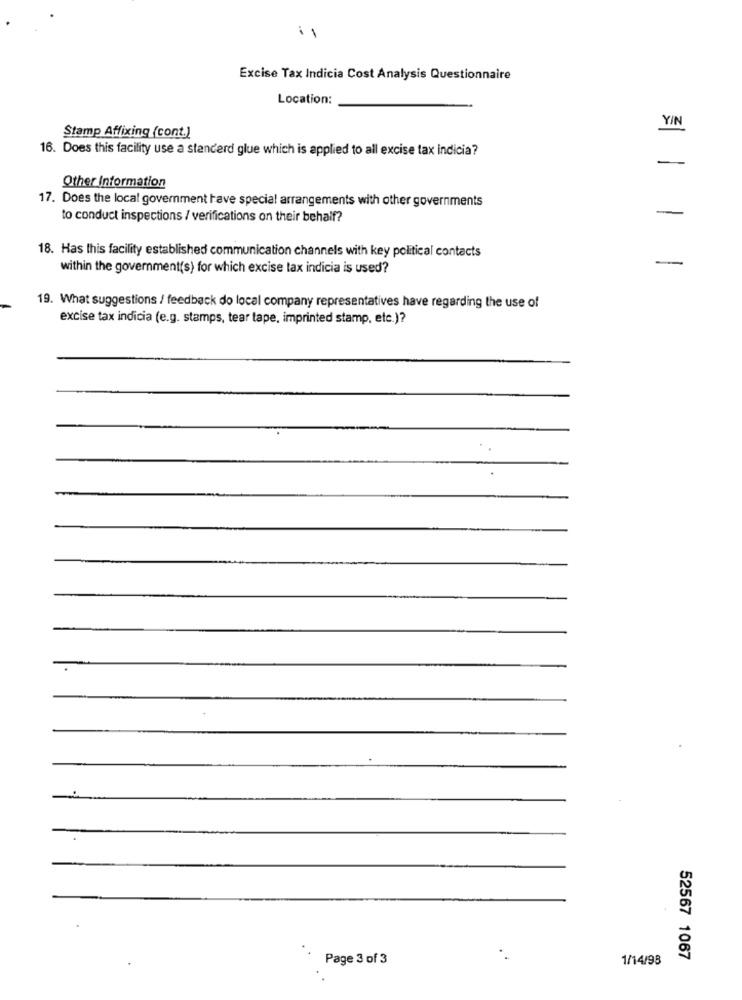
Excise Tax Indicia Cost Analysis Questionnaire
Location:
YIN
Stamp Affixing (cont.)
16. Does this facility use a standerd glue which is applied to all excise tax indicia?
Other Information
17. Does the local government have special arrangements with other governments
to conduct inspections / verifications on their behalf?
-
18. Has this facility established communication channels with key political contacts
within the government(s) for which excise tax indicia is used?
-
19. What suggestions / feedback do local company representatives have regarding the use of
excise tax indicia (e.g. stamps, tear tape, imprinted stamp, etc.)?
Page 3 of 3
1/14/98
52567 1067